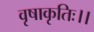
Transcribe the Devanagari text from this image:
वृषाकृतिः।।